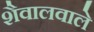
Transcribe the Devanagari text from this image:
शैवालवाले